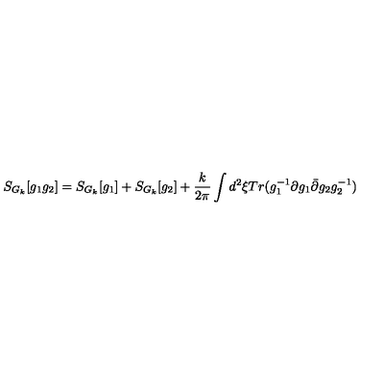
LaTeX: S _ { G _ { k } } [ g _ { 1 } g _ { 2 } ] = S _ { G _ { k } } [ g _ { 1 } ] + S _ { G _ { k } } [ g _ { 2 } ] + \frac { k } { 2 \pi } \int d ^ { 2 } \xi T r ( g _ { 1 } ^ { - 1 } \partial g _ { 1 } \bar { \partial } g _ { 2 } g _ { 2 } ^ { - 1 } )